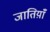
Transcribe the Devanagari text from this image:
जातिय़ाँ